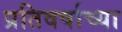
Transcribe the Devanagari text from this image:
प्रतिवर्षाच्या